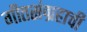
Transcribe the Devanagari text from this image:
गीतसंग्रहाची